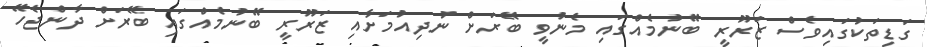
ގަޑިތަކުގައިވެސް ޒަރޫރީ ބޭނުމެއްގައި މެނުވީ ބޭރަށް ނުދިއުމަށާއި ޒަރޫރީ ބޭނުމެއްގައި ބޭރަށް ދާންޖެހޭ